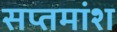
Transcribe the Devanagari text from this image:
सप्तमांश